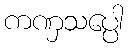
ကဏှသပ္ပေါ